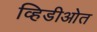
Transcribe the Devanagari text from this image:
व्हिडीओत